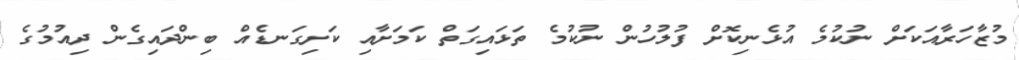
މުޒާހަރާއަކަށް ނުކުމެ އުޅެނިކޮށް ފުލުހުން ނުކުމެ ތަޅައިގަތް ކަމަށާއި ކަށިގަނޑެއް ބިންދައިގެން ދިއުމުގެ